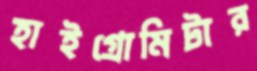
হাইগ্রোমিটার